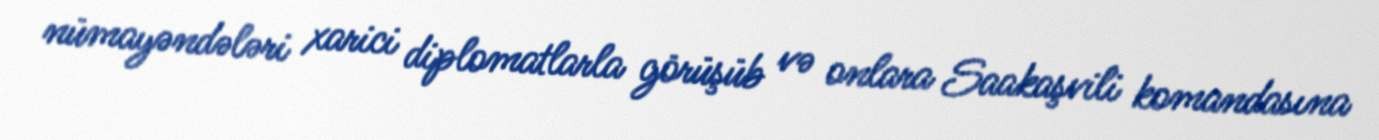
nümayəndələri xarici diplomatlarla görüşüb və onlara Saakaşvili komandasına